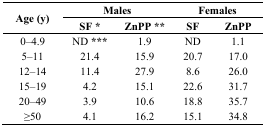
| <ROWSPAN=2> Age (y) | <COLSPAN=2> Males | <COLSPAN=2> Females |
 | SF * | ZnPP ** | SF | ZnPP |
 | --- | --- | --- | --- | --- |
 | 0–4.9 | ND *** | 1.9 | ND | 1.1 |
 | 5–11 | 21.4 | 15.9 | 20.7 | 17.0 |
 | 12–14 | 11.4 | 27.9 | 8.6 | 26.0 |
 | 15–19 | 4.2 | 15.1 | 22.6 | 31.7 |
 | 20–49 | 3.9 | 10.6 | 18.8 | 35.7 |
 | ≥50 | 4.1 | 16.2 | 15.1 | 34.8 |